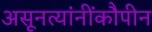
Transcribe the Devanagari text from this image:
असूनत्यांनींकौपीन